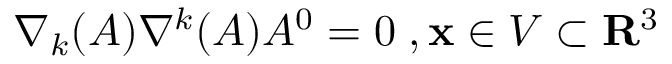
\nabla _ { k } ( A ) \nabla ^ { k } ( A ) A ^ { 0 } = 0 \; , { \bf x } \in V \subset { \bf R } ^ { 3 }